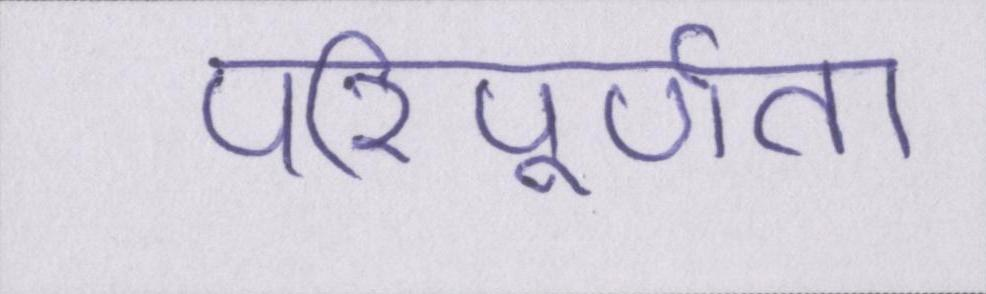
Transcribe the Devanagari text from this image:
परिपूर्णता